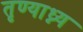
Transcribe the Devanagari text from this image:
तृण्याध्न्य